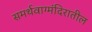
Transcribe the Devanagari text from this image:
समर्थवाग्मंदिरातील